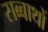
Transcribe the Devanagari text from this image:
सब्बाथों